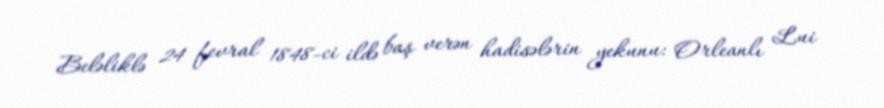
Beləliklə 24 fevral 1848-ci ildə baş verən hadisələrin yekunu: Orleanlı Lui